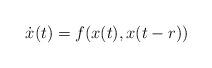
LaTeX: \begin{align*}\dot{x}(t)=f(x(t),x(t-r))\end{align*}